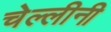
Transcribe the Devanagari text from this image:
चेल्लीनी